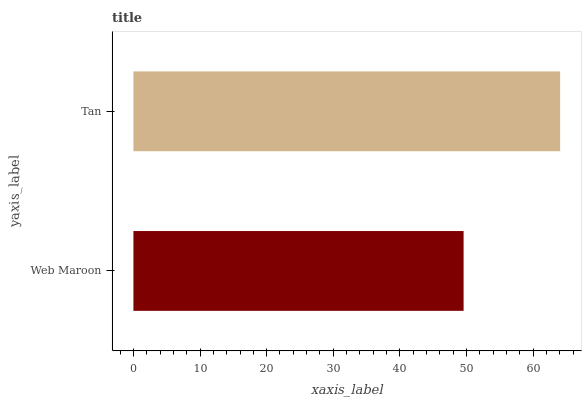
| yaxis_label | bars |
 | --- | --- |
 | Web Maroon | 49.6 |
 | Tan | 64.1 |